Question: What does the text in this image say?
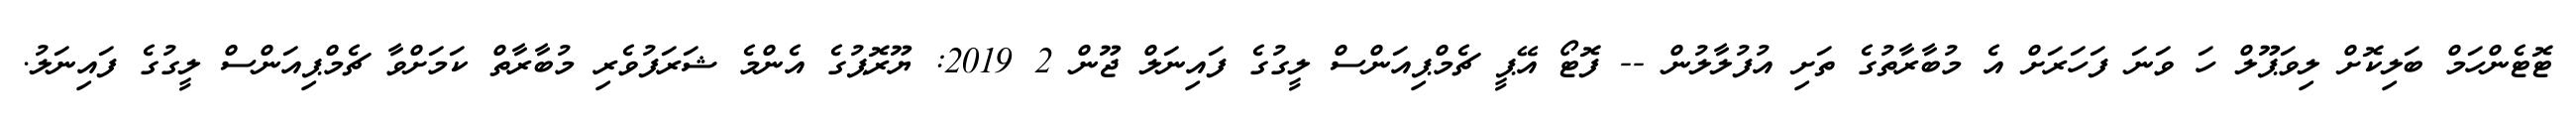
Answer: ޓޮޓެންހަމް ބަލިކޮށް ލިވަޕޫލް ހަ ވަނަ ފަހަރަށް އެ މުބާރާތުގެ ތަށި އުފުލާލުން -- ފޮޓޯ އޭޕީ ޗެމްޕިއަންސް ލީގުގެ ފައިނަލް ޖޫން 2 2019: ޔޫރޮޕުގެ އެންމެ ޝަރަފުވެރި މުބާރާތް ކަމަށްވާ ޗެމްޕިއަންސް ލީގުގެ ފައިނަލު.